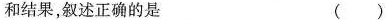
和结果，叙述正确的是（）